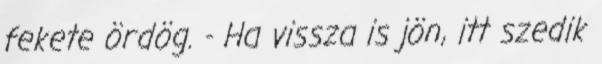
fekete ördög. - Ha vissza is jön, itt szedik